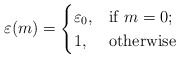
\begin{align*}\varepsilon(m)=\begin{cases}\varepsilon_0,&\mbox{if $m=0$;}\\1,&\mbox{otherwise}\end{cases}\end{align*}